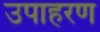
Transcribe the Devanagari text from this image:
उपाहरण